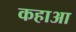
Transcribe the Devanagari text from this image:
कहाआ